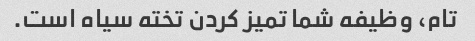
تام، وظیفه شما تمیز کردن تخته سیاه است.